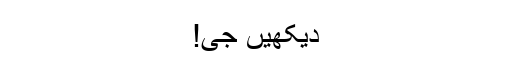
دیکھیں جی!